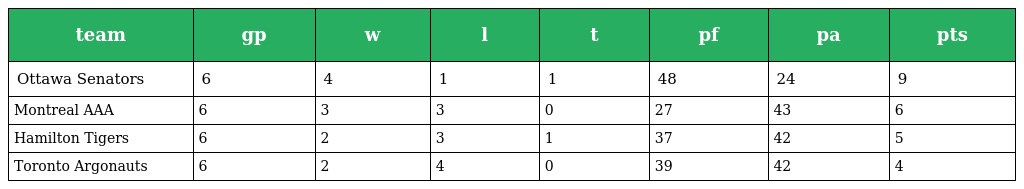
| team | gp | w | l | t | pf | pa | pts |
 | --- | --- | --- | --- | --- | --- | --- | --- |
 | Ottawa Senators | 6 | 4 | 1 | 1 | 48 | 24 | 9 |
 | Montreal AAA | 6 | 3 | 3 | 0 | 27 | 43 | 6 |
 | Hamilton Tigers | 6 | 2 | 3 | 1 | 37 | 42 | 5 |
 | Toronto Argonauts | 6 | 2 | 4 | 0 | 39 | 42 | 4 |